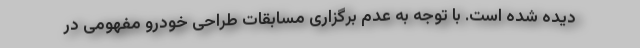
دیده شده است. با توجه به عدم برگزاری مسابقات طراحی خودرو مفهومی در